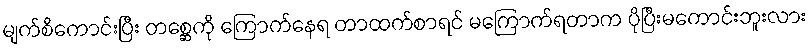
မျက်စိကောင်းပြီး တစ္ဆေကို ကြောက်နေရ တာထက်စာရင် မကြောက်ရတာက ပိုပြီးမကောင်းဘူးလား